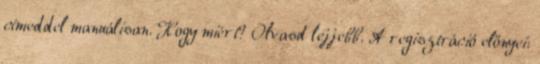
címeddel manuálisan. Hogy miért? Olvasd lejjebb. A regisztráció előnyei: